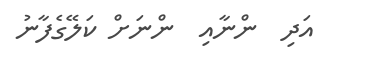
އަދި  ންނާއި  ންނަށް ކަލޭގެފާނު